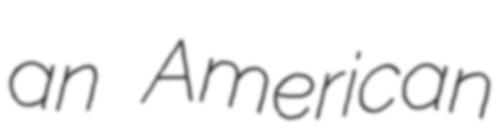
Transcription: an American